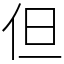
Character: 但